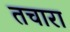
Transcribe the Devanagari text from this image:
तचारा